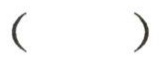
( )